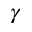
\gamma